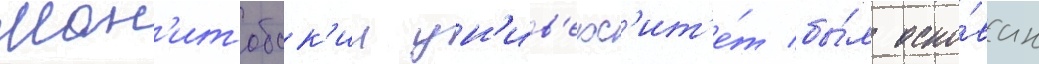
Ман'итобск'ии ун'ив'ерс'ит'е́т бы́л осно́ван